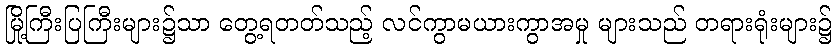
မြို့ကြီးပြကြီးများ၌သာ တွေ့ရတတ်သည့် လင်ကွာမယားကွာအမှု များသည် တရားရုံးများ၌